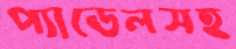
প্যাডেলসহ